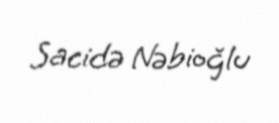
Sacidə Nəbioğlu